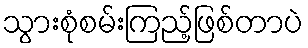
သွားစုံစမ်းကြည့်ဖြစ်တာပဲ